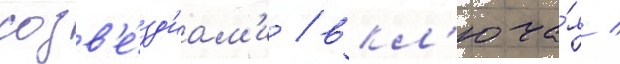
созв'е́зд'иам'и / вкл'юча́я /